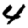
Digit: 4